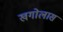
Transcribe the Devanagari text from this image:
खगोलास